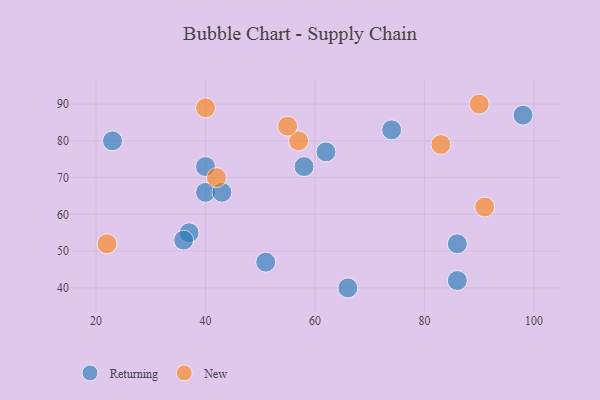
{"axis": {"x": "GDP", "y": "Life Expectancy"}, "legend": ["New", "Returning"], "data": [{"x": "62", "y": 77, "type": "Returning"}, {"x": "66", "y": 40, "type": "Returning"}, {"x": "23", "y": 80, "type": "Returning"}, {"x": "98", "y": 87, "type": "Returning"}, {"x": "40", "y": 73, "type": "Returning"}, {"x": "37", "y": 55, "type": "Returning"}, {"x": "51", "y": 47, "type": "Returning"}, {"x": "40", "y": 66, "type": "Returning"}, {"x": "58", "y": 73, "type": "Returning"}, {"x": "43", "y": 66, "type": "Returning"}, {"x": "86", "y": 42, "type": "Returning"}, {"x": "36", "y": 53, "type": "Returning"}, {"x": "74", "y": 83, "type": "Returning"}, {"x": "86", "y": 52, "type": "Returning"}, {"x": "40", "y": 89, "type": "New"}, {"x": "57", "y": 80, "type": "New"}, {"x": "22", "y": 52, "type": "New"}, {"x": "91", "y": 62, "type": "New"}, {"x": "90", "y": 90, "type": "New"}, {"x": "55", "y": 84, "type": "New"}, {"x": "83", "y": 79, "type": "New"}, {"x": "42", "y": 70, "type": "New"}]}